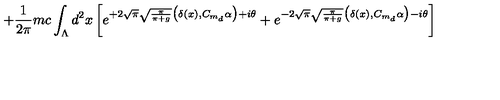
+ \frac { 1 } { 2 \pi } m c \int _ { \Lambda } d ^ { 2 } x \left[ e ^ { + 2 \sqrt { \pi } \sqrt { \frac { \pi } { \pi + g } } \big ( \delta ( x ) , C _ { m _ { d } } \alpha \big ) + i \theta } + e ^ { - 2 \sqrt { \pi } \sqrt { \frac { \pi } { \pi + g } } \big ( \delta ( x ) , C _ { m _ { d } } \alpha \big ) - i \theta } \right]